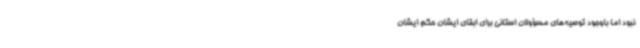
نبود اما باوجود توصیه‌های مسؤولان استانی برای ابقای ایشان حکم ایشان